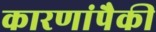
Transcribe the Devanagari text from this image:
कारणांपैकी